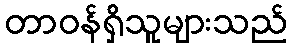
တာဝန်ရှိသူများသည်